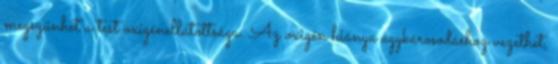
megszűnhet a test oxigénellátottsága. Az oxigén hiánya agykárosodáshoz vezethet,